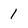
Character: 1